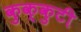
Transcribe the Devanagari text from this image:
कुक्कुटी